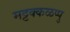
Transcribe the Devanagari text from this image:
मट्टक्कळप्पु